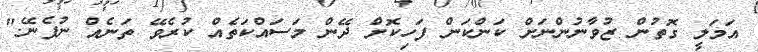
އަމަލީ ގޮތުން ޒުވާނުންނަށް ކަންކަން ފަހިކޮށް ދޭން މަސައްކަތެއް ކުރެވޭ ތަނެއް ނުފެނޭ."